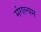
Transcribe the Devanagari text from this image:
मंगल्यम